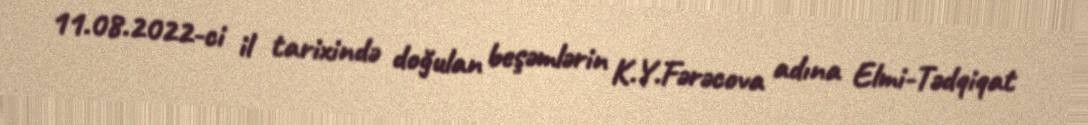
11.08.2022-ci il tarixində doğulan beşəmlərin K.Y.Fərəcova adına Elmi-Tədqiqat